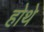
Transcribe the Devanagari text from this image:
होथे